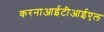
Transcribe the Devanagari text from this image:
करनाआईटीआईएल